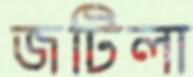
জটিলা